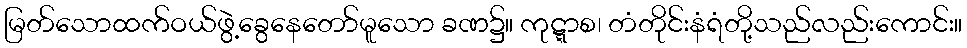
မြတ်သောထက်ဝယ်ဖွဲ့ခွေနေတော်မူသော ခဏ၌။ ကုဋ္ဋာစ၊ တံတိုင်းနံရံတို့သည်လည်းကောင်း။